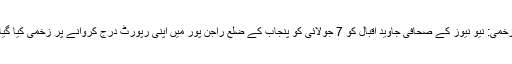
زخمی: نیو نیوز کے صحافی جاوید اقبال کو 7 جولائی کو پنجاب کے ضلع راجن پور میں اپنی رپورٹ درج کروانے پر زخمی کیا گیا۔